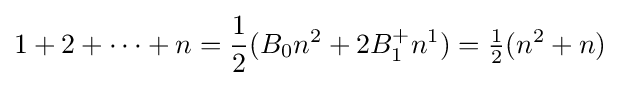
1+2+\cdots +n={\frac {1}{2}}(B_{0}n^{2}+2B_{1}^{+}n^{1})={\tfrac {1}{2}}(n^{2}+n)